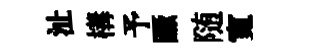
沚構予蹶随寬